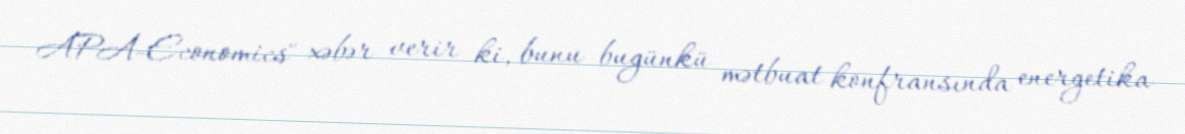
APA-Economics" xəbər verir ki, bunu bugünkü mətbuat konfransında energetika